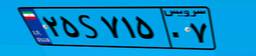
۲۰S۳۳۷۳۲